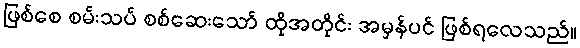
ဖြစ်စေ စမ်းသပ် စစ်ဆေးသော် ထိုအတိုင်း အမှန်ပင် ဖြစ်ရလေသည်။